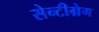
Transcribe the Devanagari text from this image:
सेन्टीग्रेग